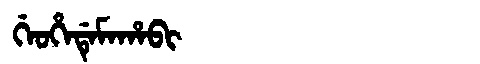
Manchu: ᡤᡝᠣᡥᡝᡩᡝᠮᠠᡥᠠᠪᡳ
Romanization: GEOHEDEMAHABI